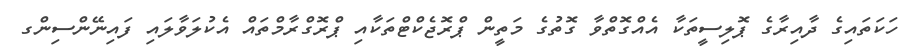
ހަކަތައިގެ ދާއިރާގެ ޕޮލިސީތަކާ އެއްގޮތްވާ ގޮތުގެ މަތީން ޕްރޮޖެކްޓްތަކާއި ޕްރޮގްރާމްތައް އެކުލަވާލައި ފައިނޭންސިންގ